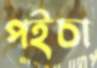
পইচা